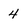
Character: 4